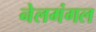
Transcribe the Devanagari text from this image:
नेलमंगल